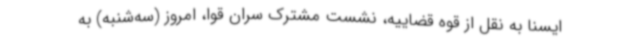
ایسنا به نقل از قوه قضاییه، نشست مشترک سران قوا، امروز (سه‌شنبه) به